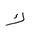
Letter: _kaf